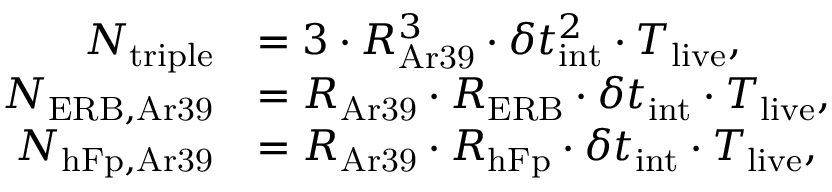
\begin{array} { r l } { N _ { \mathrm { t r i p l e } } } & { = 3 \cdot R _ { \mathrm { A r 3 9 } } ^ { 3 } \cdot \delta t _ { \mathrm { i n t } } ^ { 2 } \cdot T _ { \mathrm { l i v e } } , } \\ { N _ { \mathrm { E R B , A r 3 9 } } } & { = R _ { \mathrm { A r 3 9 } } \cdot R _ { \mathrm { E R B } } \cdot \delta t _ { \mathrm { i n t } } \cdot T _ { \mathrm { l i v e } } , } \\ { N _ { \mathrm { h F p , A r 3 9 } } } & { = R _ { \mathrm { A r 3 9 } } \cdot R _ { \mathrm { h F p } } \cdot \delta t _ { \mathrm { i n t } } \cdot T _ { \mathrm { l i v e } } , } \end{array}